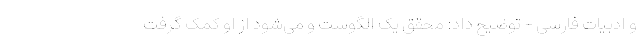
و ادبیات فارسی - توضیح داد: محقق یک الگوست و می‌شود از او کمک گرفت